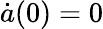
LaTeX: \dot{a}(0)=0